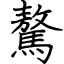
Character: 驁